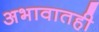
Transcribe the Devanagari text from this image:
अभावातही